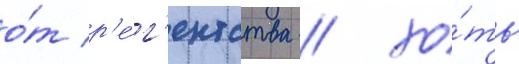
о́т р'е́г'ентства / хо́ть